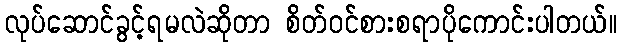
လုပ်ဆောင်ခွင့်ရမလဲဆိုတာ စိတ်ဝင်စားစရာပိုကောင်းပါတယ်။